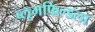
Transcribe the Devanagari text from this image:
ब्लूमफिल्डला